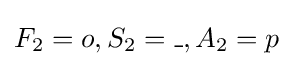
F_{2}=o,S_{2}=\_,A_{2}=p